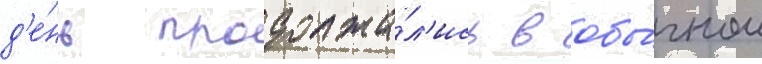
д'е́нь продолжа́л'ись в обы́чном